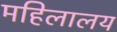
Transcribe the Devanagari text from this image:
महिलालय